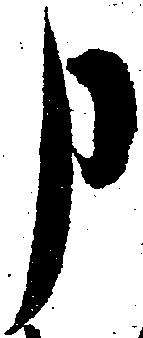
申